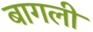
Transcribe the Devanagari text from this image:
बागली